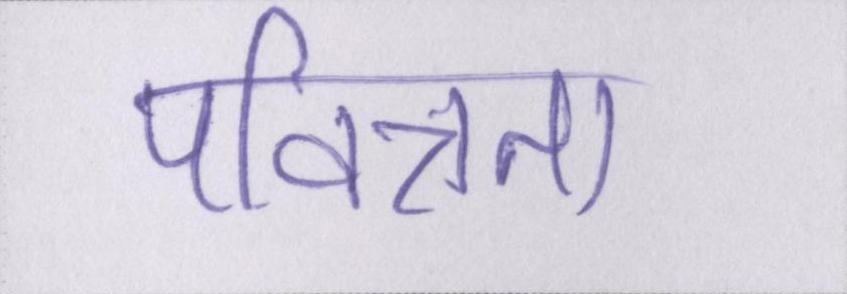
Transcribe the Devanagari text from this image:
पवित्रता